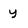
Character: y